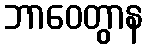
ဘာဝေတွာန